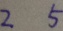
2 5